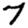
Digit: 7